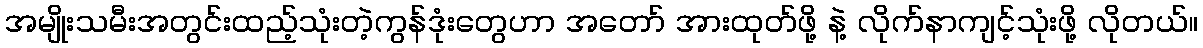
အမျိုးသမီးအတွင်းထည့်သုံးတဲ့ကွန်ဒုံးတွေဟာ အတော် အားထုတ်ဖို့ နဲ့ လိုက်နာကျင့်သုံးဖို့ လိုတယ်။